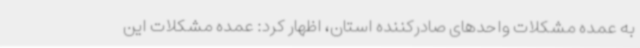
به عمده مشکلات واحدهای صادرکننده استان، اظهار کرد: عمده مشکلات این